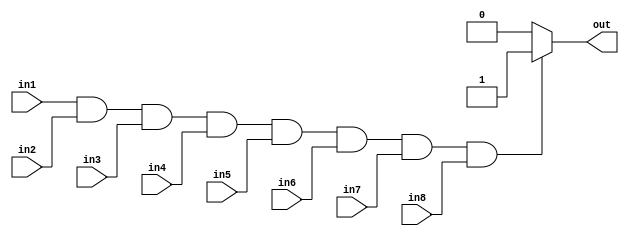
module EightInputAndGate (
    input wire in1,
    input wire in2,
    input wire in3,
    input wire in4,
    input wire in5,
    input wire in6,
    input wire in7,
    input wire in8,
    output reg out
);

always @(*) begin
    if (in1 && in2 && in3 && in4 && in5 && in6 && in7 && in8) begin
        out <= 1;
    end else begin
        out <= 0;
    end
end

endmodule